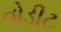
વોડીટ